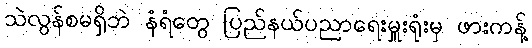
သဲလွန်စမရှိဘဲ နံရံတွေ ပြည်နယ်ပညာရေးမှူးရုံးမှ ဖားကန့်